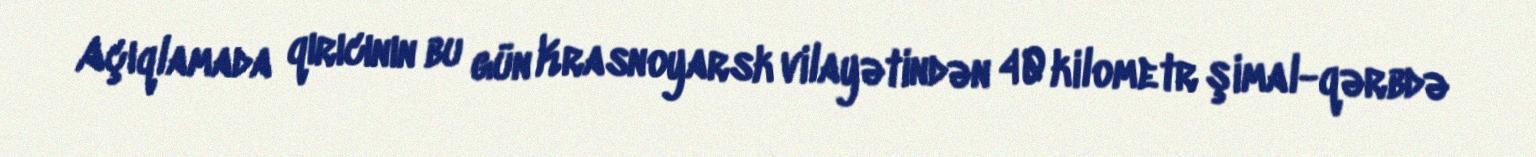
Açıqlamada qırıcının bu gün Krasnoyarsk vilayətindən 40 kilometr şimal-qərbdə